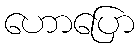
ဟောပြော